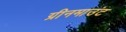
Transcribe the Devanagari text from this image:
ग्रीनमाउंट